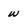
Character: w